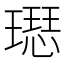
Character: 𤩙